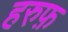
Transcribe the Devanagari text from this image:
हरुफ़